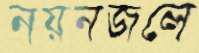
নয়নজলে